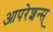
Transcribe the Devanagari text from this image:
आपरेशन्स्